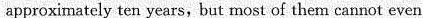
approximately ten years, but most of them cannot even